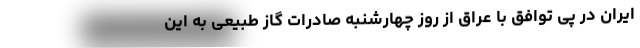
ایران در پی توافق با عراق از روز چهارشنبه صادرات گاز طبیعی به این